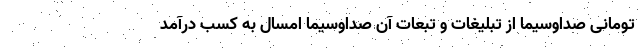
تومانی صداوسیما از تبلیغات و تبعات آن صداوسیما امسال به کسب درآمد